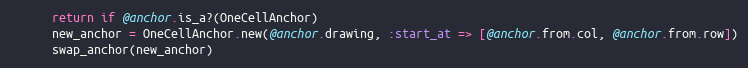
Language: Ruby
      return if @anchor.is_a?(OneCellAnchor)
      new_anchor = OneCellAnchor.new(@anchor.drawing, :start_at => [@anchor.from.col, @anchor.from.row])
      swap_anchor(new_anchor)